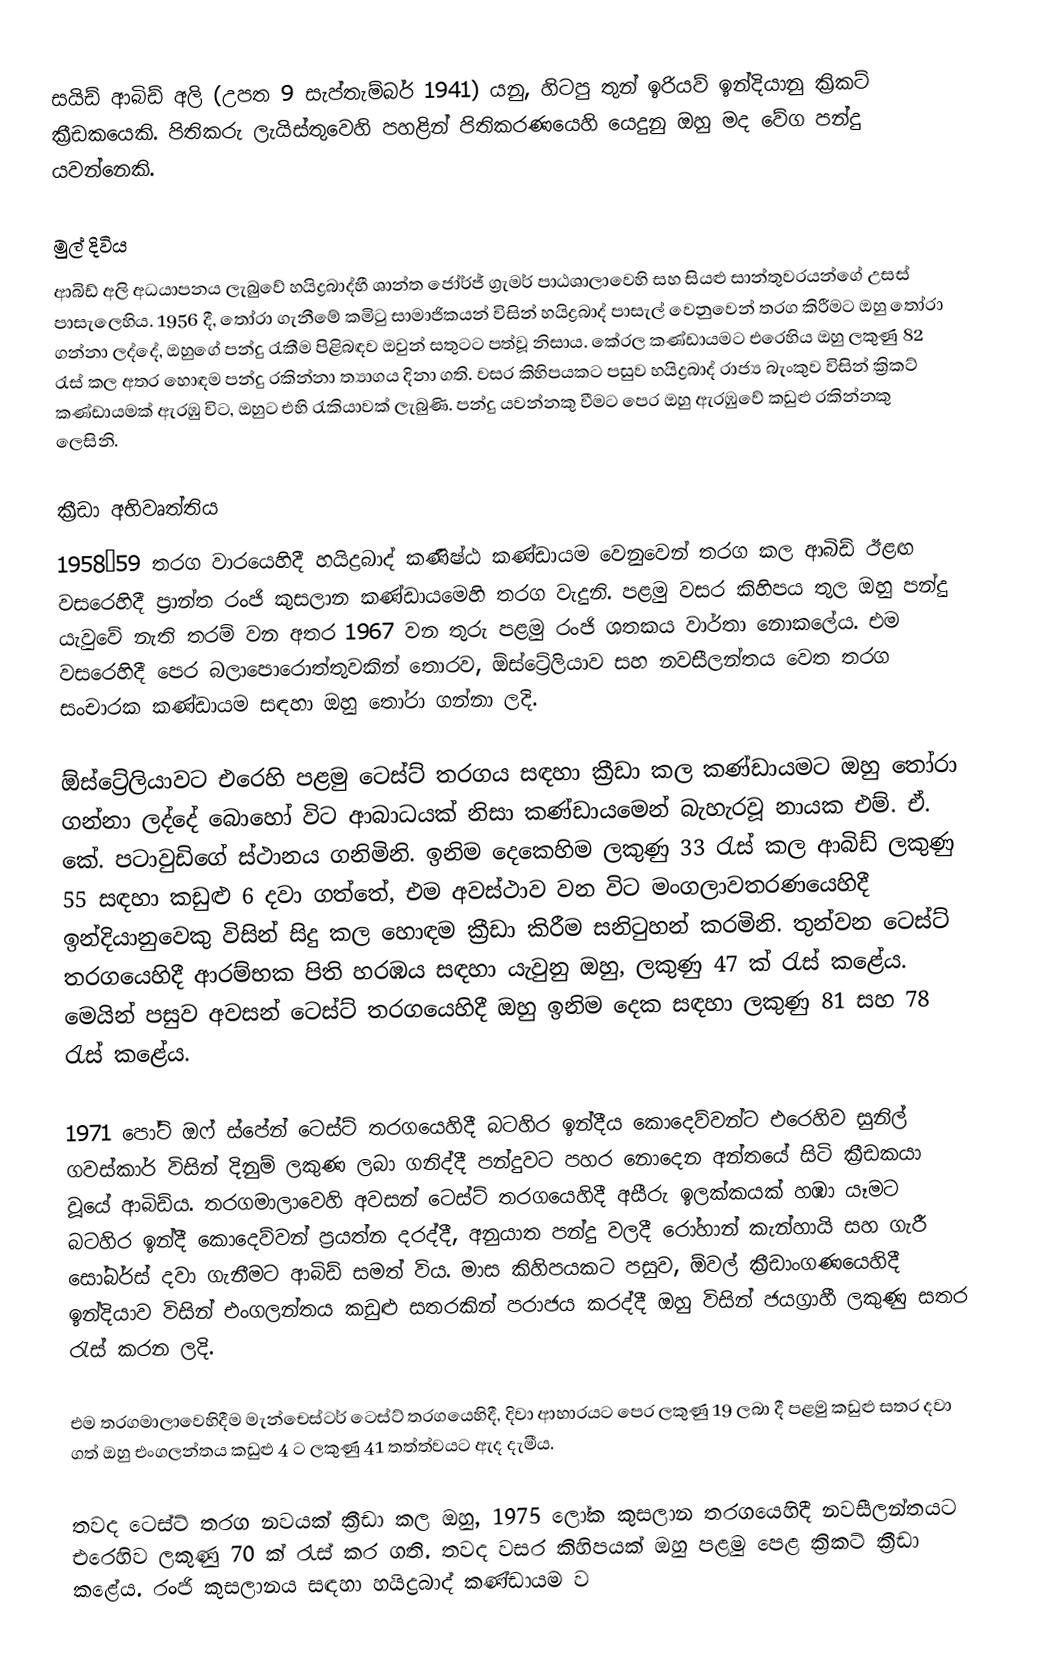
සයිඩ් ආබිඩ් අලි (උපත 9 සැප්තැම්බර් 1941) යනු, හිටපු තුන් ඉරියව් ඉන්දියානු ක්‍රිකට් ක්‍රීඩකයෙකි. පිතිකරු ලැයිස්තුවෙහි පහළින් පිතිකරණයෙහි යෙදුනු ඔහු මද වේග පන්දු යවන්නෙකි.

මුල් දිවිය
ආබිඩ් අලි අධයාපනය ලැබුවේ හයිද්‍රබාද්හී  ශාන්ත ජෝර්ජ් ග්‍රැමර් පාඨශාලාවෙහි සහ සියළු සාන්තුවරයන්ගේ උසස් පාසැලෙහිය. 1956 දී, තෝරා ගැනීමේ කමිටු සාමාජිකයන් විසින් හයිද්‍රබාද් පාසැල් වෙනුවෙන් තරග කිරීමට ඔහු තෝරා ගන්නා ලද්දේ, ඔහුගේ පන්දු රැකීම පිළිබඳව ඔවුන් සතුටට පත්වූ නිසාය. කේරල කණ්ඩායමට එරෙහිය ඔහු ලකුණු  82 රැස් කල අතර හොඳම පන්දු රකින්නා ත්‍යාගය දිනා ගති. වසර කිහිපයකට පසුව  හයිද්‍රබාද් රාජ්‍ය බැංකුව විසින් ක්‍රිකට් කණ්ඩායමක් ඇරඹු විට, ඔහුට එහි රැකියාවක් ලැබුණි. පන්දු යවන්නකු වීමට පෙර ඔහු ඇරඹුවේ කඩුළු රකින්නකු ලෙසිනි.

ක්‍රීඩා අභිවෘත්තිය
1958–59 තරග වාරයෙහිදී හයිද්‍රබාද් කණිෂ්ඨ කණ්ඩායම වෙනුවෙන් තරග කල ආබිඩ් ඊළඟ වසරෙහිදී ප්‍රාන්ත රංජි කුසලාන කණ්ඩායමෙහි තරග වැදුනි. පළමු වසර කිහිපය තුල ඔහු පන්දු යැවුවේ නැති තරම් වන අතර 1967 වන තුරු පළමු රංජි ශතකය වාර්තා නොකලේය. එම වසරෙහිදී පෙර බලාපොරොත්තුවකින් තොරව, ඕස්ට්‍රේලියාව සහ නවසීලන්තය වෙත තරග සංචාරක කණ්ඩායම සඳහා ඔහු තෝරා ගන්නා ලදි.

ඕස්ට්‍රේලියාවට එරෙහි පළමු ටෙස්ට් තරගය සඳහා ක්‍රීඩා කල කණ්ඩායමට ඔහු තෝරා ගන්නා ලද්දේ බොහෝ විට ආබාධයක් නිසා කණ්ඩායමෙන් බැහැරවූ නායක එම්. ඒ. කේ. පටාවුඩිගේ ස්ථානය ගනිමිනි. ඉනිම දෙකෙහිම ලකුණු 33 රැස් කල ආබිඩ් ලකුණු  55 සඳහා කඩුළු 6 දවා ගත්තේ, එම අවස්ථාව වන විට මංගලාවතරණයෙහිදී ඉන්දියානුවෙකු විසින් සිදු කල හොඳම ක්‍රීඩා කිරීම සනිටුහන් කරමිනි. තුන්වන ටෙස්ට් තරගයෙහිදී ආරම්භක පිති හරඹය සඳහා යැවුනු ඔහු, ලකුණු 47 ක් රැස් කළේය. මෙයින් පසුව අවසන් ටෙස්ට් තරගයෙහිදී ඔහු ඉනිම දෙක සඳහා ලකුණු 81 සහ 78 රැස් කළේය.

1971 පෝට් ඔෆ් ස්පේන් ටෙස්ට් තරගයෙහිදී බටහිර ඉන්දීය කොදෙව්වන්ට  එරෙහිව  සුනිල් ගවස්කාර් විසින් දිනුම් ලකුණ ලබා ගනිද්දී පන්දුවට පහර නොදෙන අන්තයේ සිටි ක්‍රීඩකයා වූයේ ආබිඩ්ය. තරගමාලාවෙහි අවසන් ටෙස්ට් තරගයෙහිදී අසීරු ඉලක්කයක් හඹා යෑමට බටහිර ඉන්දී කොදෙව්වන් ප්‍රයත්න දරද්දී, අනුයාත පන්දු වලදී  රෝහාන් කැන්හායි සහ ගැරී සෝබර්ස් දවා ගැනීමට ආබිඩ් සමත් විය. මාස කිහිපයකට පසුව, ඕවල් ක්‍රීඩාංගණයෙහිදී ඉන්දියාව විසින් එංගලන්තය කඩුළු සතරකින් පරාජය කරද්දී ඔහු විසින් ජයග්‍රාහී ලකුණු සතර රැස් කරන ලදි.

එම තරගමාලාවෙහිදීම මැන්චෙස්ටර් ටෙස්ට් තරගයෙහිදී, දිවා ආහාරයට පෙර ලකුණු 19 ලබා දී පළමු කඩුළු සතර දවා ගත් ඔහු එංගලන්තය කඩුළු 4 ට ලකුණු 41 තත්ත්වයට ඇද දැමීය.

තවද ටෙස්ට් තරග නවයක් ක්‍රීඩා කල ඔහු, 1975 ලෝක කුසලාන තරගයෙහිදී නවසීලන්තයට එරෙහිව ලකුණු 70 ක් රැස් කර ගති. තවද වසර කිහිපයක් ඔහු පළමු පෙළ ක්‍රිකට් ක්‍රීඩා කළේය. රංජි කුසලානය සඳහා හයිද්‍රබාද් කණ්ඩායම ව